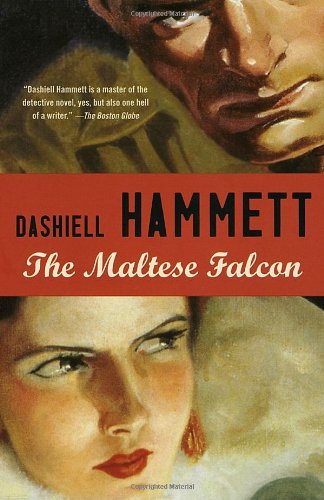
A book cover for The Maltese Falcon; Dashiell Hammett; Mystery, Thriller & Suspense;